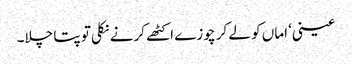
عینی‘ اماں کو لے کر چوزے اکٹھے کرنے نکلی تو پتا چلا۔